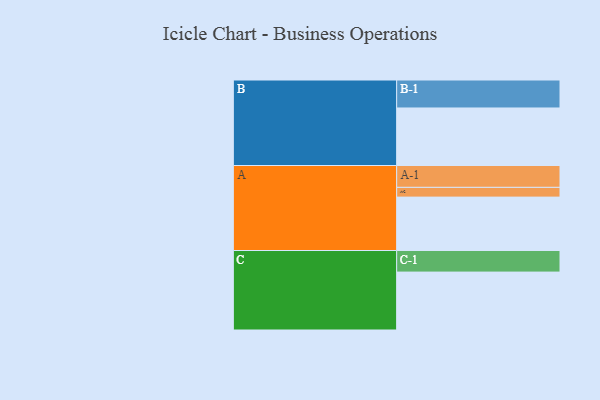
{"axis": {"x": "Segment", "y": "Value"}, "legend": ["", "A", "B", "C"], "data": [{"x": "A", "y": 542, "type": ""}, {"x": "B", "y": 584, "type": ""}, {"x": "C", "y": 588, "type": ""}, {"x": "A-1", "y": 222, "type": "A"}, {"x": "A-2", "y": 99, "type": "A"}, {"x": "B-1", "y": 284, "type": "B"}, {"x": "C-1", "y": 219, "type": "C"}]}